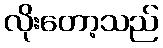
လိုးတော့သည်